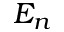
E _ { n }